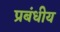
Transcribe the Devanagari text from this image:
प्रबंधीय